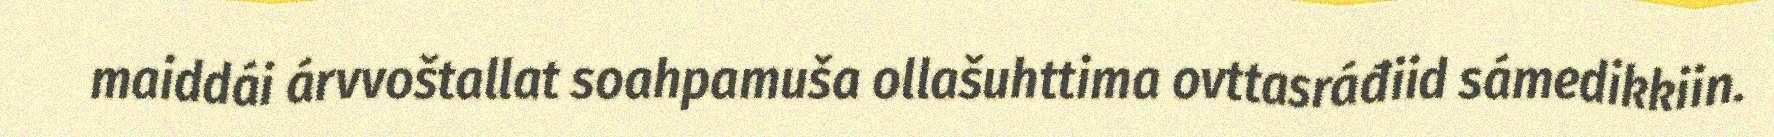
maiddái árvvoštallat soahpamuša ollašuhttima ovttasráđiid sámedikkiin.